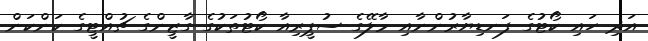
އަދި ހައި ކޯޓުގެ ފަނޑިޔާރުންނާއި މާލޭގެ ސުޕީރިއާ ކޯޓުތަކުގެ ގާޒީންގެ ޗުއްޓީގެ ކަންކަން